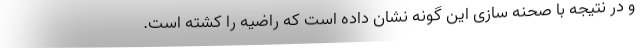
و در نتیجه با صحنه سازی این گونه نشان داده است که راضیه را کشته است.